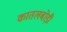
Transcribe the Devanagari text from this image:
कातलबोड़ी